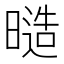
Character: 𭧙